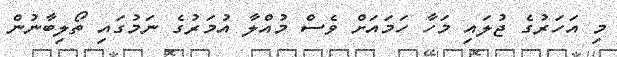
މި އަހަރުގެ ޖުލައި މަހާ ހަމައަށް ވެސް މުއްލާ އުމަރުގެ ނަމުގައި ތޯލިބާނުން